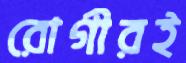
রোগীরই